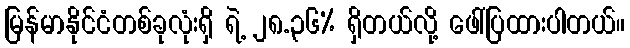
မြန်မာနိုင်ငံတစ်ခုလုံးရှိ ရဲ့ ၂၈.၃၆% ရှိတယ်လို့ ဖေါ်ပြထားပါတယ်။